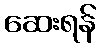
ဆေးရန်